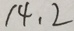
1 4 、 2